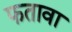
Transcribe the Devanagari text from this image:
फतावा